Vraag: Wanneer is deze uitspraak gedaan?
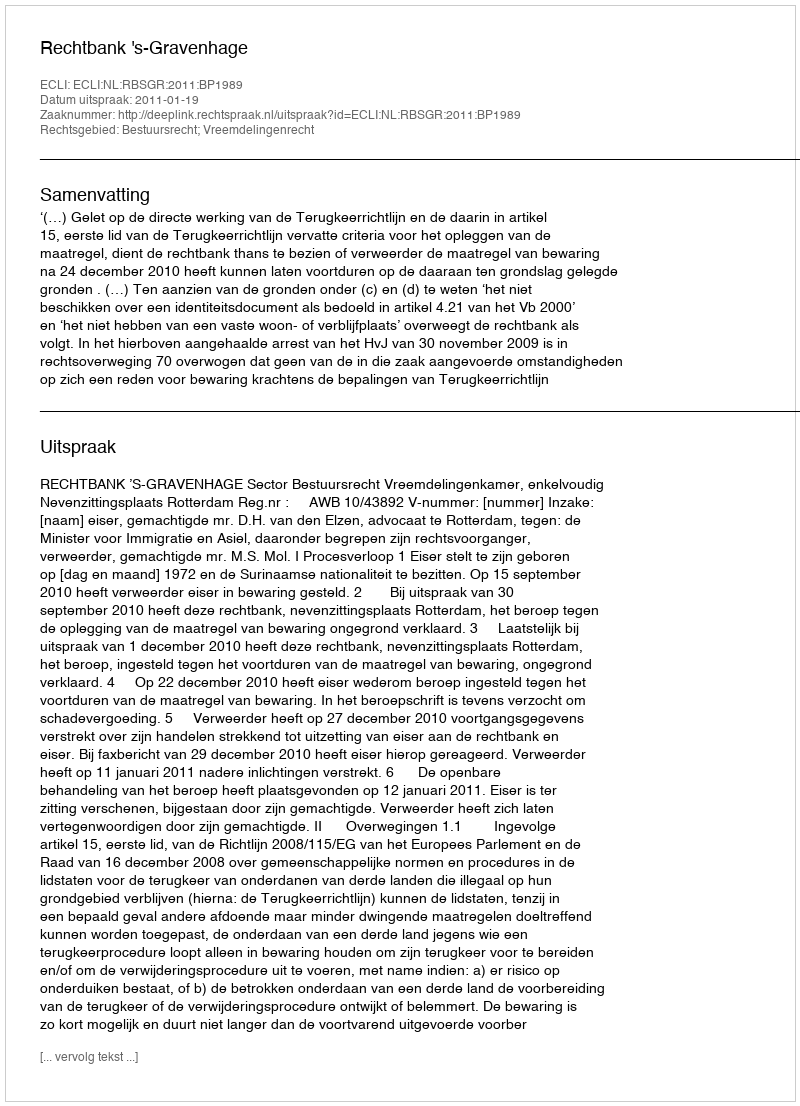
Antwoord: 2011-01-19